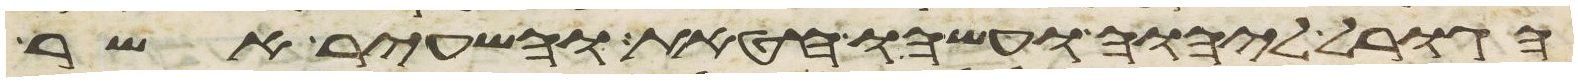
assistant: הגורל ליהוה ועשהו חטאת והשעיר אשר